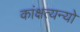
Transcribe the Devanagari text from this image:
कांक्षत्यन्यो